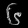
Digit: ၆